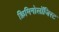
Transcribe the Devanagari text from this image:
क्रिमिनोलॉजिस्ट